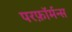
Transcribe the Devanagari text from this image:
परफ़ॉर्मन्स